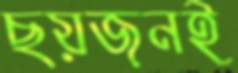
ছয়জনই